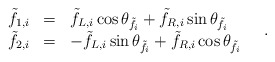
\begin{align*} \begin{array}{rcl} \tilde{f}_{1,i} & = & \tilde{f}_{L,i} \cos\theta_{\tilde{f}_i} + \tilde{f}_{R,i} \sin\theta_{\tilde{f}_i} \\ \tilde{f}_{2,i} & = & - \tilde{f}_{L,i} \sin\theta_{\tilde{f}_i} + \tilde{f}_{R,i} \cos\theta_{\tilde{f}_i} \end{array} \quad .\end{align*}